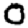
Digit: 0